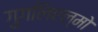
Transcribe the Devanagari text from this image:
गुगलिएल्मो